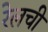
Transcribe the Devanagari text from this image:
रेलची